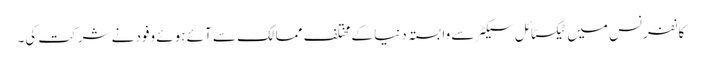
کانفرنس میں ٹیکسٹائل سیکٹر سے وابستہ دنیا کے مختلف ممالک سے آئے ہوئے وفود نے شرکت کی۔